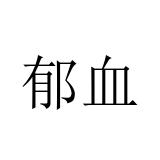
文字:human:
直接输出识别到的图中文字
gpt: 郁血